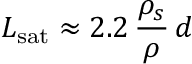
L _ { \mathrm { s a t } } \approx 2 . 2 \, \frac { \rho _ { s } } { \rho } \, d